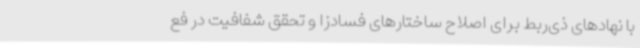
با نهادهای ذی‌ربط برای اصلاح ساختارهای فسادزا و تحقق شفافیت در فع